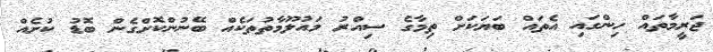
ޖަރީމާތައް ހިންގައި އެތައް ބަޔަކަށް ތިމާގެ ސިއްރު މައުލޫމާތުތަކެއް ބޭނުންކޮށްގެން ބޮޑު ކުށެއް